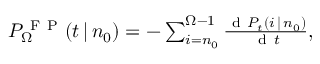
\begin{array} { r } { P _ { \Omega } ^ { \mathrm { ~ F ~ P ~ } } ( t \, | \, n _ { 0 } ) = - \sum _ { i = n _ { 0 } } ^ { \Omega - 1 } \frac { \mathrm { ~ d ~ } P _ { t } ( i \, | \, n _ { 0 } ) } { \mathrm { ~ d ~ } t } , } \end{array}